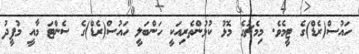
ހައުސް(ރެޑް)ގެ ޓީމެވެ. މިމެޗުގެ މޮޅު ކުޅުންތެރިއަކީ ހަންބަލީ ހައުސް(ރެޑް)ގެ ސެންޓަ މާއީ މުފީދު